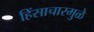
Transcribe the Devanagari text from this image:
हिंसाचारमुळे